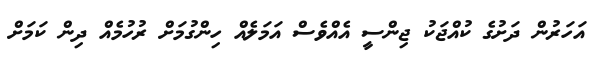
އަހަރުން ދަށުގެ ކުއްޖަކު ޖިންސީ އެއްވެސް އަމަލެއް ހިންގުމަށް ރުހުމެއް ދިން ކަމަށް